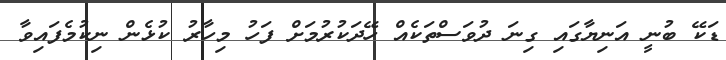
ޑަކޭ ބުނީ އަނިޔާގައި ގިނަ ދުވަސްތަކެއް ހޭދަކުރުމަށް ފަހު މިހާރު ކުޅެން ނިކުމެފައިވާ